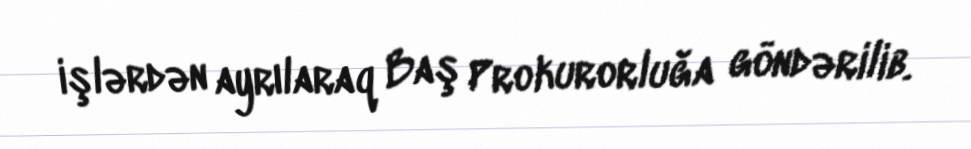
işlərdən ayrılaraq Baş Prokurorluğa göndərilib.